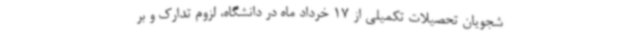
شجویان تحصیلات تکمیلی از 17 خرداد ماه در دانشگاه، لزوم تدارک و بر